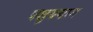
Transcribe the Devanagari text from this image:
पशुययाग